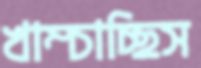
খাম্‌চাচ্ছিস